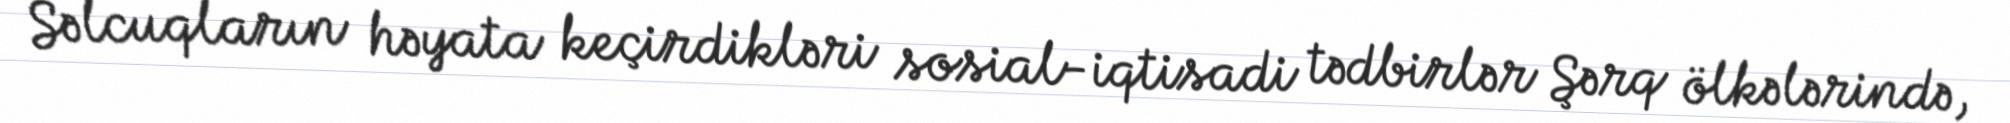
Səlcuqların həyata keçirdikləri sosial-iqtisadi tədbirlər Şərq ölkələrində,